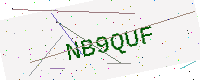
Text: NB9QUF